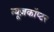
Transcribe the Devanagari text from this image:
न्यूज़कॉप्टर